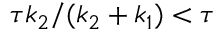
\tau k _ { 2 } / ( k _ { 2 } + k _ { 1 } ) < \tau